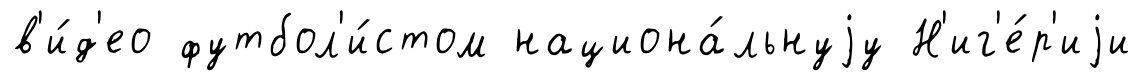
в'и́д'ео футбол'и́стом национа́льнуjу Н'иг'е́р'иjи